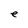
Character: e